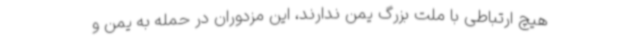
هیچ ارتباطی با ملت بزرگ یمن ندارند، این مزدوران در حمله به یمن و